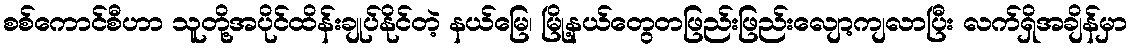
စစ်ကောင်စီဟာ သူတို့အပိုင်ထိန်းချုပ်နိုင်တဲ့ နယ်မြေ၊ မြို့နယ်တွေတဖြည်းဖြည်းလျော့ကျလာပြီး လက်ရှိအချိန်မှာ